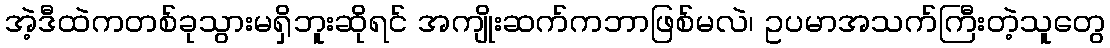
အဲ့ဒီထဲကတစ်ခုသွားမရှိဘူးဆိုရင် အကျိုးဆက်ကဘာဖြစ်မလဲ၊ ဥပမာအသက်ကြီးတဲ့သူတွေ